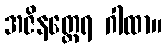
အဇိနတ္ထေရ ဂါထာ။